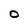
Character: O